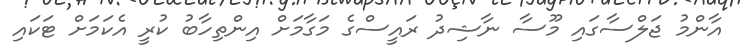
އާންމު ޖަލްސާގައި މޫސާ ނާޝިދު ރައީސްގެ މަގާމަށް އިންތިހާބު ކުރީ އެކަމަށް ޓަކައި